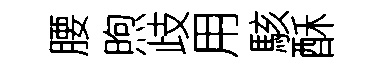
腰煦歧用駭酥